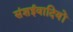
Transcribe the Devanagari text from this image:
संशईवादियों